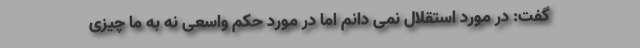
گفت: در مورد استقلال نمی دانم اما در مورد حکم واسعی نه به ما چیزی